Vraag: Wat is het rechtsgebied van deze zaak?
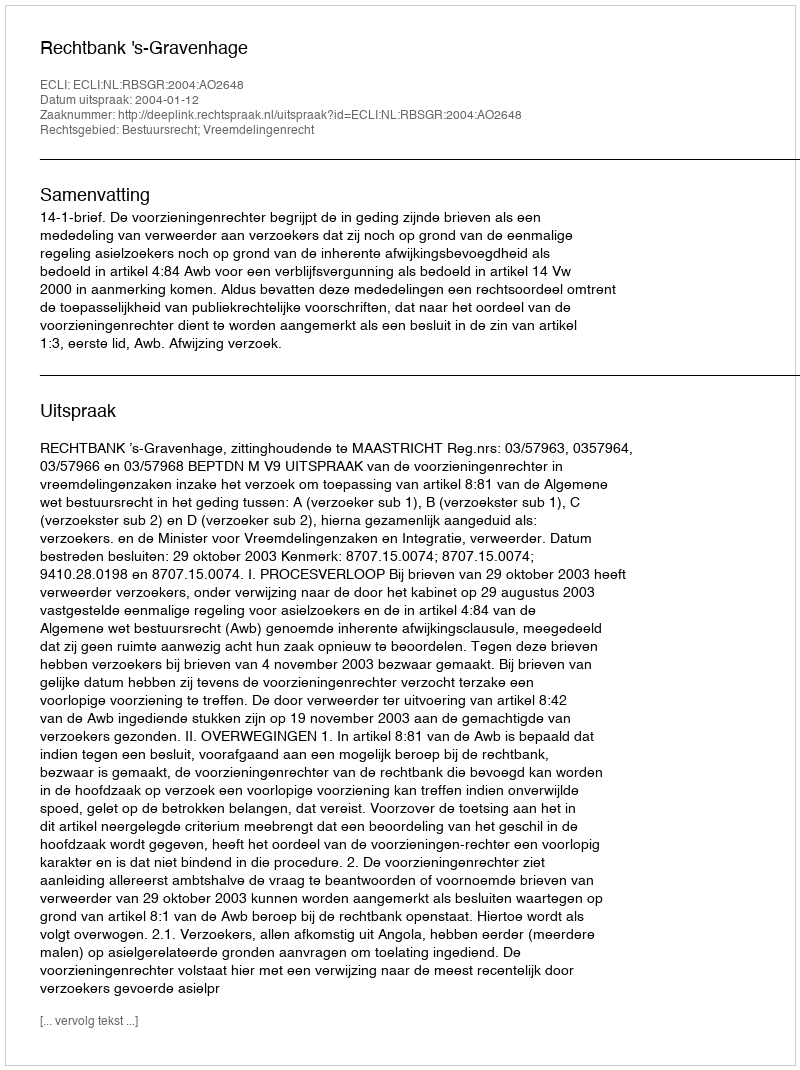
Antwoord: Bestuursrecht; Vreemdelingenrecht